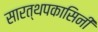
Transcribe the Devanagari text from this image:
सारत्थपकासिनी